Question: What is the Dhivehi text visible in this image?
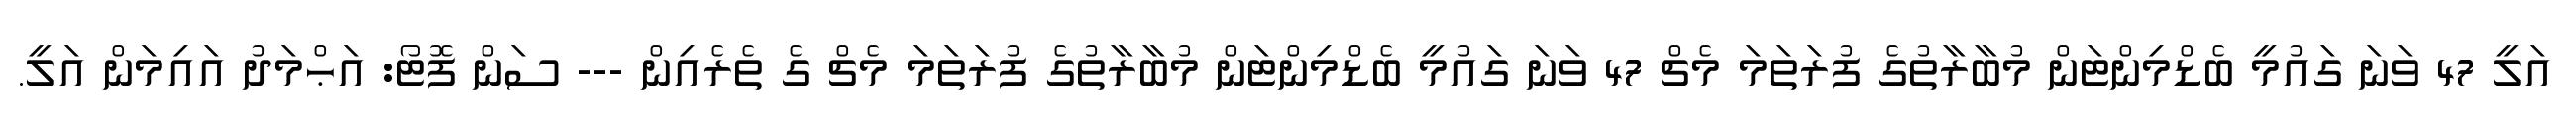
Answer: އަލީ 47 ވަނަ ގައުމީ ބެޑްމިންޓަން މުބާރާތުގެ ފުރަތަމަ މެޗް 47 ވަނަ ގައުމީ ބެޑްމިންޓަން މުބާރާތުގެ ފުރަތަމަ މެޗް ގެ ތެރެއިން --- ސަން ފޮޓޯ: އަޙްމަދު އައިމަން އަލީ.